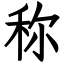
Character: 称